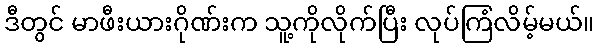
ဒီတွင် မာဖီးယားဂိုဏ်းက သူ့ကိုလိုက်ပြီး လုပ်ကြံလိမ့်မယ်။